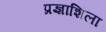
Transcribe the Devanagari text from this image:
प्रज्ञाशिला